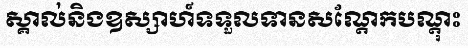
ស្គាល់និងឧស្សាហ៍ទទួលទានសណ្តែកបណ្តុះ